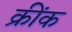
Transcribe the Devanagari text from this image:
क्रींक